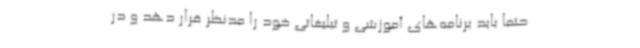
حتما باید برنامه‌های آموزشی و تبلیغاتی خود را مدنظر قرار دهد و در